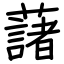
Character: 藷